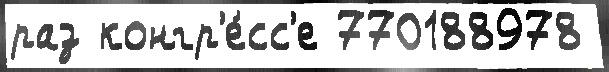
раз конгр'е́сс'е 770188978